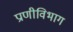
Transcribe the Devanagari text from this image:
प्राणीविभाग